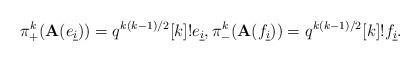
LaTeX: \begin{align*}\pi_{+}^{k}(\mathbf{A}(e_{\underline{i}})) = q^{k (k - 1) / 2} [k]! e_{\underline{i}}, \pi_{-}^{k}(\mathbf{A}(f_{\underline{i}})) = q^{k (k - 1) / 2} [k]! f_{\underline{i}}.\end{align*}